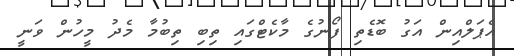
އެޕަލްއިން އަގު ބޮޑެތި ފޯނުގެ މާކެޓްގައި ތިބި ތިބުމާ މެދު މީހުން ވަނީ